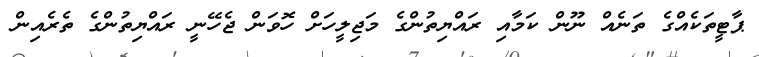
ޕާޓީތަކެއްގެ ތަނެއް ނޫން ކަމާއި ރައްޔިތުންގެ މަޖިލީހަށް ހޮވަން ޖެހޭނީ ރައްޔިތުންގެ ތެރެއިން